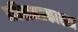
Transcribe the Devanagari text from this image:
प्रतिष्ठानप्रकाशन